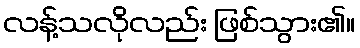
လန့်သလိုလည်း ဖြစ်သွား၏။